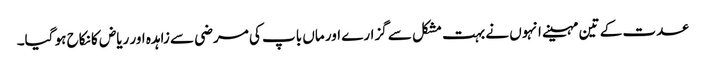
عدت کے تین مہینے انہوں نے بہت مشکل سے گزارے اور ماں باپ کی مرضی سے زاہدہ اور ریاض کا نکاح ہو گیا۔